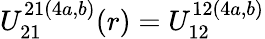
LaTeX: U_{21}^{21(4a,b)}(r)=U_{12}^{12(4a,b)}